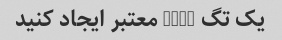
یک تگ HTML معتبر ایجاد کنید